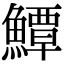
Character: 鱏